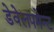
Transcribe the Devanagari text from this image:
डेवेलपमेन्ट